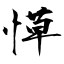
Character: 愺